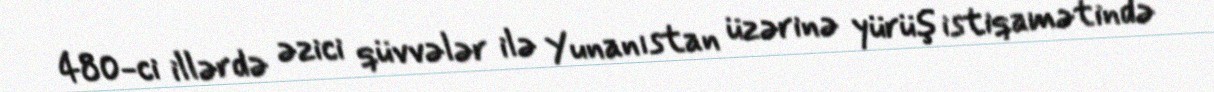
480-ci illərdə əzici qüvvələr ilə Yunanıstan üzərinə yürüş istiqamətində